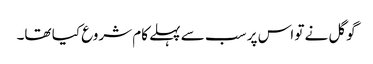
گوگل نے تو اس پر سب سے پہلے کام شروع کیا تھا۔